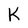
Character: K